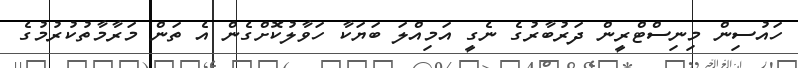
ހައުސިން މިނިސްޓްރީން ދަރުބާރުގެ ނެގީ އަމިއްލަ ބަޔަކާ ހަވާލުކޮށްގެން އެ ތަން މަރާމާތުކުރުމުގެ